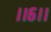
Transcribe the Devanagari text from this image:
।।६।।